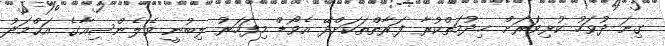
ގިނަ ދުވަހު ކުޅިވަރަށް ޚިދުމަތްކުރާ ފަރާތްތަކަށްދޭ އެވޯޑް މިފަހަރު ލިބުނީ ވެލެންސިއާގެ އަޙްމަދު